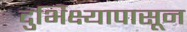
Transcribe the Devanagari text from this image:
दुर्भिक्ष्यापासून